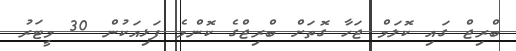
ބްރިޖް ގައި ކޮލަމް ޖަހާ ގޮތަށް ބްރިޖްގެ ކޮންމެ ފަޅިއަކުން 30 މީޓަރު